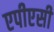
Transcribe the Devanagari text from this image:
एपीएसी